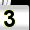
Digit: 3